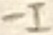
Text: -I